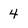
Character: 4